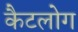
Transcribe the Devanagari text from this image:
कैटलोग